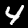
Digit: 4